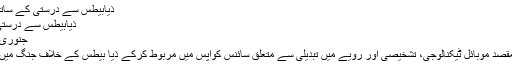
ذیابیطس سے درستی کے ساتھ نمٹنا | Span
ذیابیطس سے درستی کے ساتھ نمٹنا
جنوری/فروری 2018
آئینہ ڈیوائس کا مقصد موبائل ٹیکنالوجی، تشخیصی اور رویے میں تبدیلی سے متعلق سائنس کوآپس میں مربوط کرکے ذیا بیطس کے خلاف جنگ میں مدد پہنچانا ہے۔